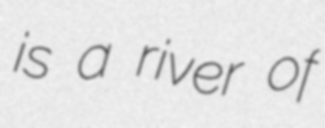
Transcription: is a river of